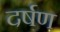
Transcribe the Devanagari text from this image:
दर्षण